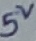
Text: 5V